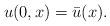
LaTeX: \begin{align*}u(0,x)=\bar u(x). \end{align*}